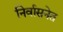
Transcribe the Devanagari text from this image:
निर्वासनेत